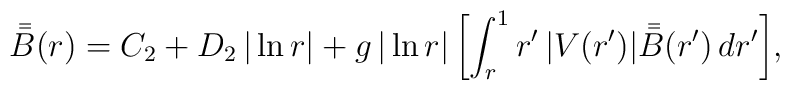
\bar {\mskip-3mu\bar B} (r) = C_2+D_2\,|\ln r|+g\,|\ln r|\,\biggl[\int_r^1 r'\,|V(r')|\,\bar {\mskip-3mu\bar B}(r')\,dr'\biggr],